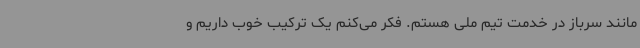
مانند سرباز در خدمت تیم ملی هستم. فکر می‌کنم یک ترکیب خوب داریم و